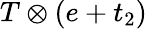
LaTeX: T\otimes(e+t_{2})